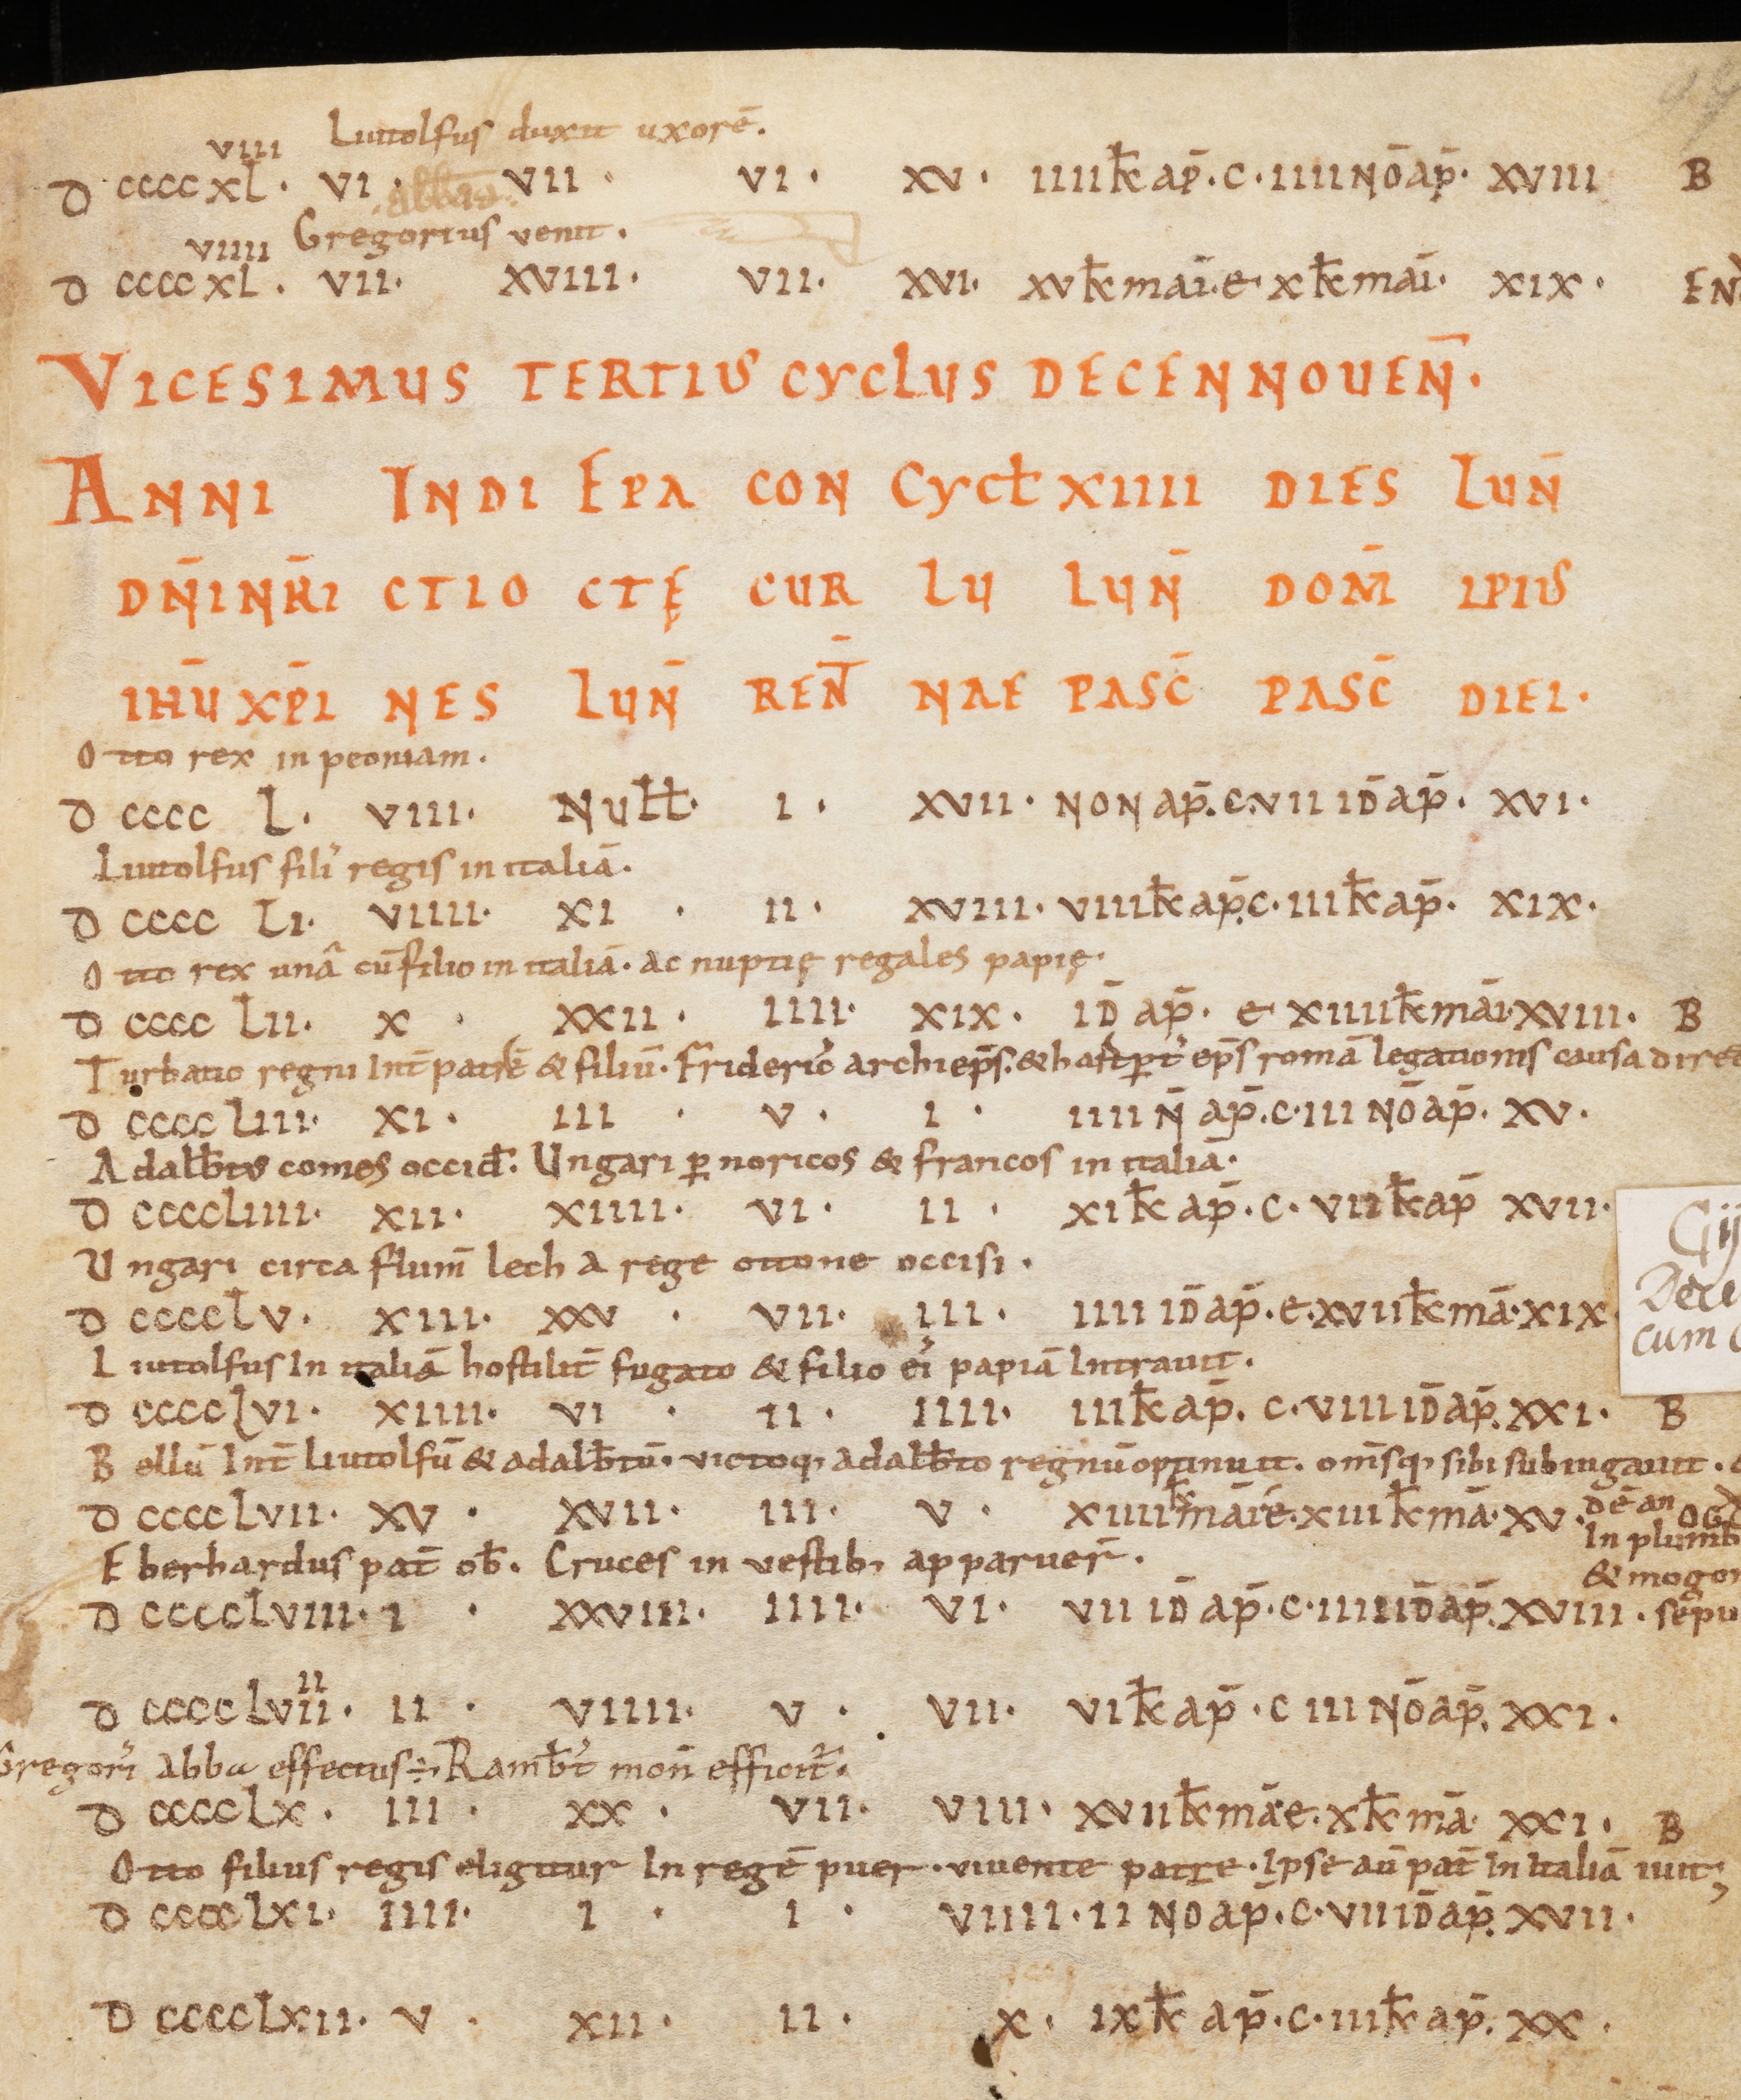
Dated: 800–1399